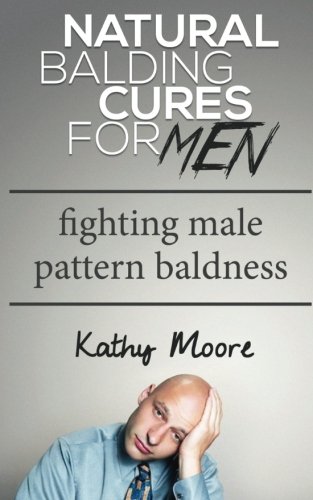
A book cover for Natural Balding Cures For Men: Fighting male Pattern baldness; Kathy Moore; Health, Fitness & Dieting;